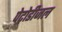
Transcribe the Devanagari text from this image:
पेट्रोडीजल